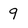
Character: 9